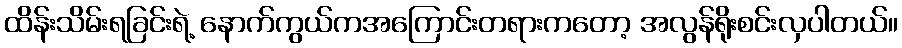
ထိန်းသိမ်းရခြင်းရဲ့ နောက်ကွယ်ကအကြောင်းတရားကတော့ အလွန်ရိုးစင်းလှပါတယ်။